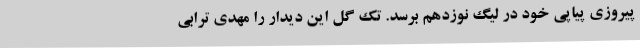
پیروزی پیاپی خود در لیگ نوزدهم برسد. تک گل این دیدار را مهدی ترابی